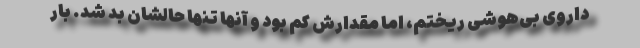
داروی بی‌هوشی ریختم، اما مقدارش کم بود و آنها تنها حالشان بد شد. بار